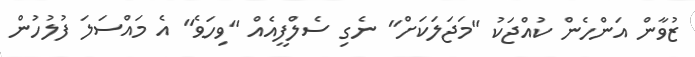
ޒުވާން އަންހެން ކުއްޖަކު "މަޖަލަކަށް" ނެގި ސެލްފީއެއް "ވިހަވެ" އެ މައްސަލަ ފުލުހުން